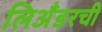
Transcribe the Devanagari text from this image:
लिअँडरची